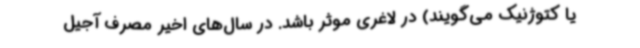
یا کتوژنیک می‌گویند) در لاغری موثر باشد. در سال‌های اخیر مصرف آجیل